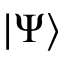
\left| \Psi \right>